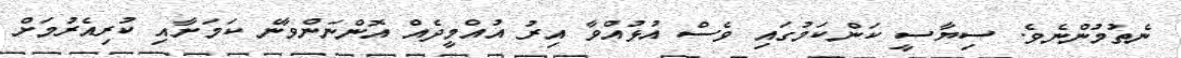
ނެތުމުންނެވެ. ސިޔާސީ ކަންކަމުގައި ވެސް އުޅުއްވާ އިރު އުއްމީދެއް އޮންނަންވާނެ ކަަމަށާއި ކުރިއެރުމަށް